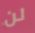
لن